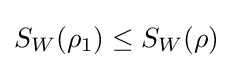
S_{W}(\rho _{1})\leq S_{W}(\rho )